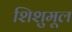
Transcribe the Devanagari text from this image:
शिशुमूल